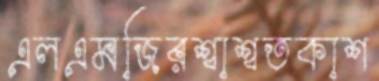
এলএমজিরশ্বাশ্বতকাশ